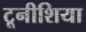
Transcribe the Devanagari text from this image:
टूनीशिया